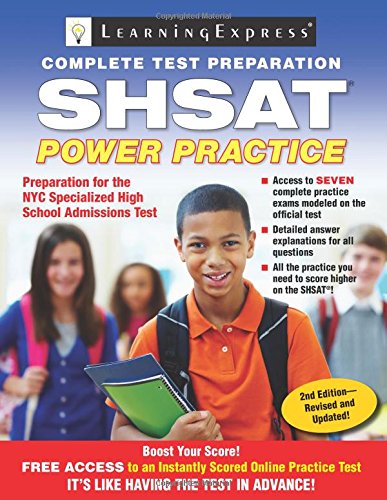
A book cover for SHSAT: Power Practice; Learning Express Llc; Test Preparation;